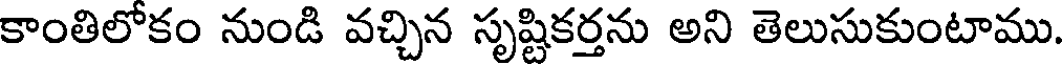
కాంతిలోకం నుండి వచ్చిన సృష్టికర్తను అని తెలుసుకుంటాము.